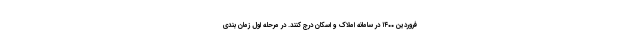
فروردین ۱۴۰۰ در سامانه املاک و اسکان درج کنند. در مرحله اول زمان بندی